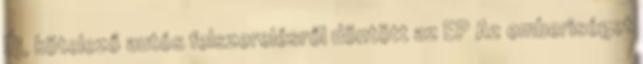
Új, kötelező autós felszerelésről döntött az EP Az emberiséget